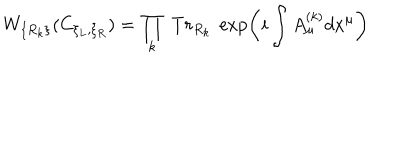
LaTeX: W _ { \{ R _ { k } \} } ( C _ { \xi _ { L } , \xi _ { R } } ) = \prod _ { k } ~ T r _ { R _ { k } } ~ \exp \left( i \int A _ { \mu } ^ { ( k ) } d x ^ { \mu } \right)